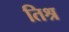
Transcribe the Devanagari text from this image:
तिश्र